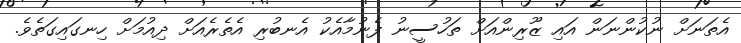
އެތަނަށް ނުކުންނަން އައި ޒޫރިންއަށް ތަހުސީނު ފެނުމާއެކު އެނބުރި އެތެރެއަށް ދިއުމަށް ހިނގައިގަތެވެ.